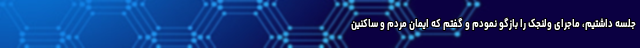
جلسه داشتیم، ماجرای ولنجک را بازگو نمودم و گفتم که ایمان مردم و ساکنین